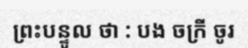
ព្រះបន្ទូល ថា : បង ចក្រី ចូរ